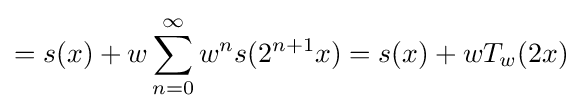
=s(x)+w\sum _{n=0}^{\infty }w^{n}s(2^{n+1}x)=s(x)+wT_{w}(2x)